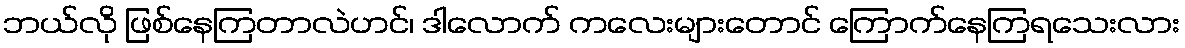
ဘယ်လို ဖြစ်နေကြတာလဲဟင်၊ ဒါလောက် ကလေးများတောင် ကြောက်နေကြရသေးလား